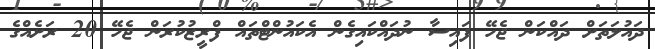
ދައުލަތަށް ދައްކަން ޖެހޭ ފައިސާ ނުދައްކައިގެން އެކައުންޓްތައް ފްރީޒުކުރަން ޖެހޭ 20 ރަށެއްގެ